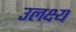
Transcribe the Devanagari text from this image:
उलक्ष्य